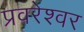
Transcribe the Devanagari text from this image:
प्रवरेश्वर